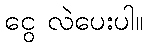
ငွေ လဲပေးပါ။